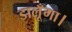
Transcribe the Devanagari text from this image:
डालूँगा।